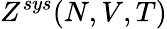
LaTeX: Z^{sys}(N,V,T)